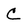
Character: C